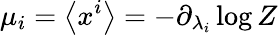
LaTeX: \mu_{i}=\left\langle x^{i}\right\rangle=-\partial_{\lambda_{i}}\log Z